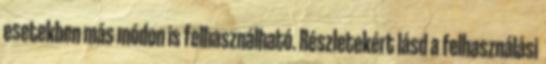
esetekben más módon is felhasználható. Részletekért lásd a felhasználási